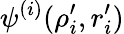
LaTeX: \psi^{(i)}(\rho_{i}^{\prime},r_{i}^{\prime})